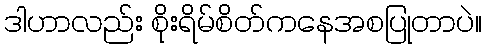
ဒါဟာလည်း စိုးရိမ်စိတ်ကနေအစပြုတာပဲ။